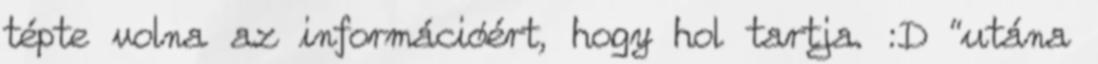
tépte volna az információért, hogy hol tartja. :D “utána